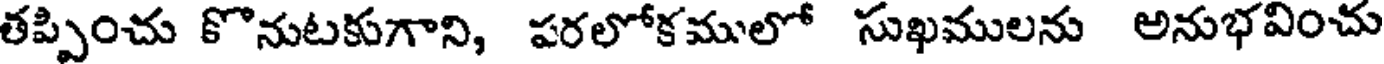
తప్పించు కొనుటకుగాని, పరలోకములో సుఖములను అనుభవించు